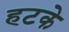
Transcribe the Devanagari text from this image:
हटके